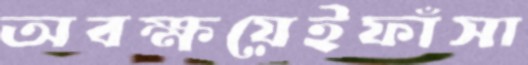
অবক্ষয়েইফাঁসা